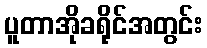
ပူတာအိုခရိုင်အတွင်း